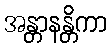
အန္တာနန္တိကာ